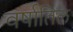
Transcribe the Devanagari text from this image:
वर्षातिल